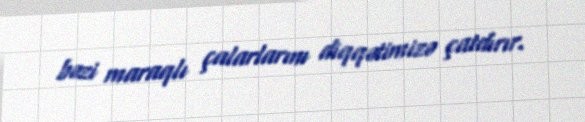
bəzi maraqlı çalarlarını diqqətimizə çatdırır.